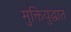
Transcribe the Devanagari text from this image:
मुक्तियुद्धात